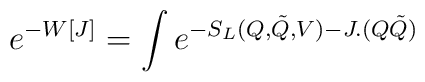
e^{-W[J]}=\int e^{-S_{L}(Q,\tilde{Q}, V)-J.(Q\tilde{Q})}